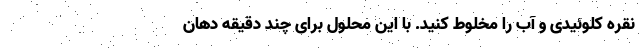
نقره کلوئیدی و آب را مخلوط کنید. با این محلول برای چند دقیقه دهان